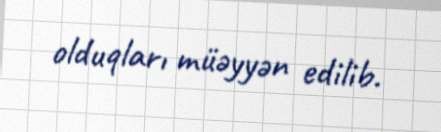
olduqları müəyyən edilib.